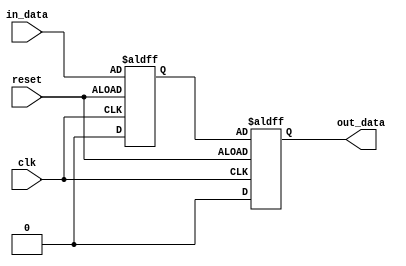
module IO_block (
    input wire clk,
    input wire reset,
    input wire in_data,
    output wire out_data
);

// Input buffer stage
reg in_buffer;
always @ (posedge clk or negedge reset) begin
    if (reset) begin
        in_buffer <= 1'b0;
    end else begin
        in_buffer <= in_data;
    end
end

// Output buffer stage
reg out_buffer;
always @ (posedge clk or negedge reset) begin
    if (reset) begin
        out_buffer <= 1'b0;
    end else begin
        out_buffer <= in_buffer;
    end
end

// Output impedance matching
assign out_data = out_buffer;

endmodule